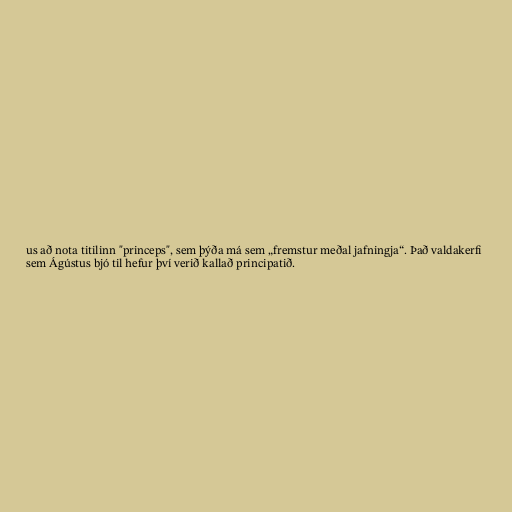
us að nota titilinn "princeps", sem þýða má sem „fremstur meðal jafningja“. Það valdakerfi
sem Ágústus bjó til hefur því verið kallað principatið.